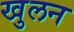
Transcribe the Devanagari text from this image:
खुलन